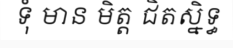
ទុំ មាន មិត្ត ជិតស្និទ្ធ